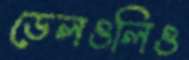
ডেলওলিও